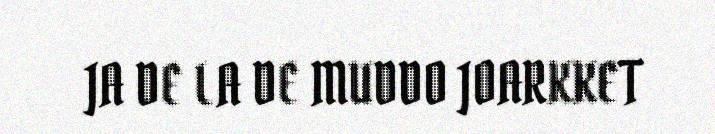
JA DE LA DE MUDDO JOARKKET